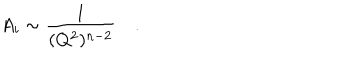
A _ { i } \sim \frac { 1 } { ( Q ^ { 2 } ) ^ { n - 2 } } \quad .